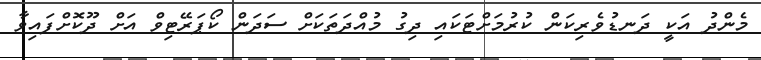
މެންދު އަކީ ދަނޑުވެރިކަން ކުރުމަށްޓަކައި ދިގު މުއްދަތަކަށް ސަދަން ކޯޕަރޭޓިވް އަށް ދޫކޮށްފައިވާ